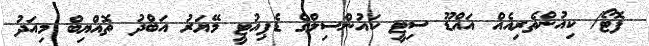
ފޮޓޯ/ ކިއުންތެރިއެއް އައްޑޫ ސިޓީ ކައުންސިލްގެ ޑެޕިއުޓީ މޭޔަރު އަބްދު ތޮއްޔިބް މިއަދު